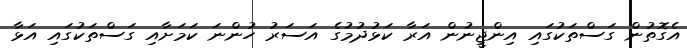
އެގޮތުން ގަސްތަކުގައި އިންޖީނުން އަރާ ކަޅުދުމުގެ އަސަރު ހުންނަ ކަމަށާއި ގަސްތަކުގައި އަޅާ